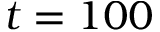
t = 1 0 0